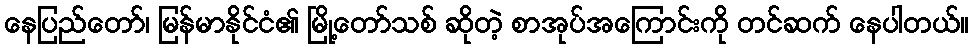
နေပြည်တော်၊ မြန်မာနိုင်ငံ၏ မြို့တော်သစ် ဆိုတဲ့ စာအုပ်အကြောင်းကို တင်ဆက် နေပါတယ်။